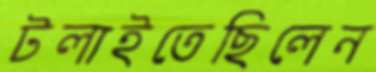
টলাইতেছিলেন